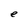
Character: e